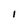
Character: I